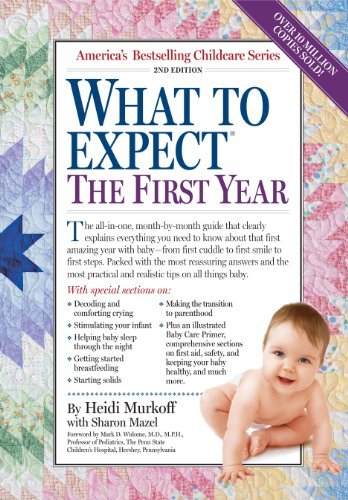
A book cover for What to Expect the First Year (What to Expect (Workman Publishing)); Heidi Murkoff; Parenting & Relationships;